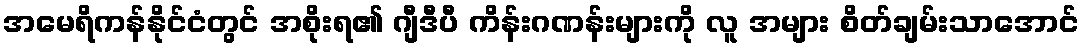
အမေရိကန်နိုင်ငံတွင် အစိုးရ၏ ဂျီဒီပီ ကိန်းဂဏန်းများကို လူ အများ စိတ်ချမ်းသာအောင်